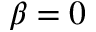
\beta = 0